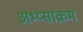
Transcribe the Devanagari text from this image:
अभ्य्साक्रम